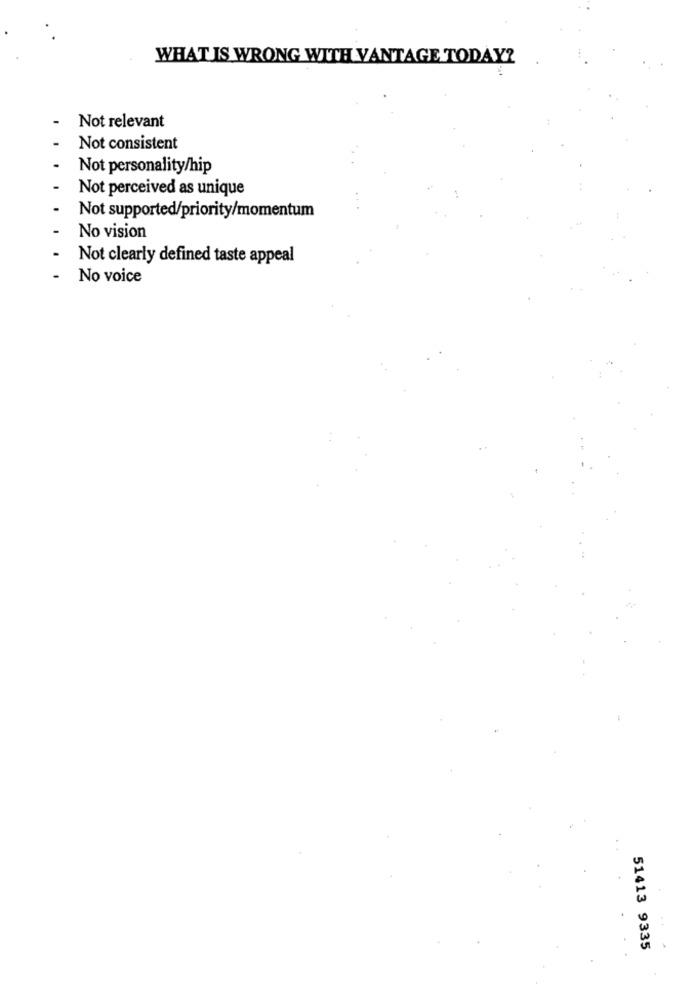
WHAT IS WRONG WITH VANTAGE TODAY?
Not relevant
Not consistent
Not personality/hip
Not perceived as unique
Not supported/priority/momentum
. .
No vision
Not clearly defined taste appeal
-
No voice
51413 9335